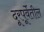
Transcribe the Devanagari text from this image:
दूरपूर्वेतील